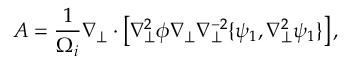
A = \frac { 1 } { \Omega _ { i } } \nabla _ { \perp } \cdot \left[ \nabla _ { \perp } ^ { 2 } \phi \nabla _ { \perp } \nabla _ { \perp } ^ { - 2 } \{ \psi _ { 1 } , \nabla _ { \perp } ^ { 2 } \psi _ { 1 } \} \right] ,